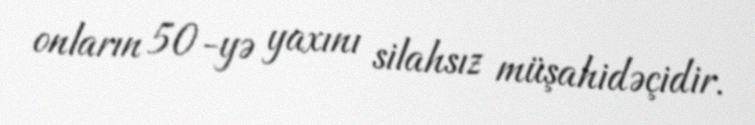
onların 50-yə yaxını silahsız müşahidəçidir.